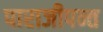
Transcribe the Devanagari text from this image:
पाराजीपन्त